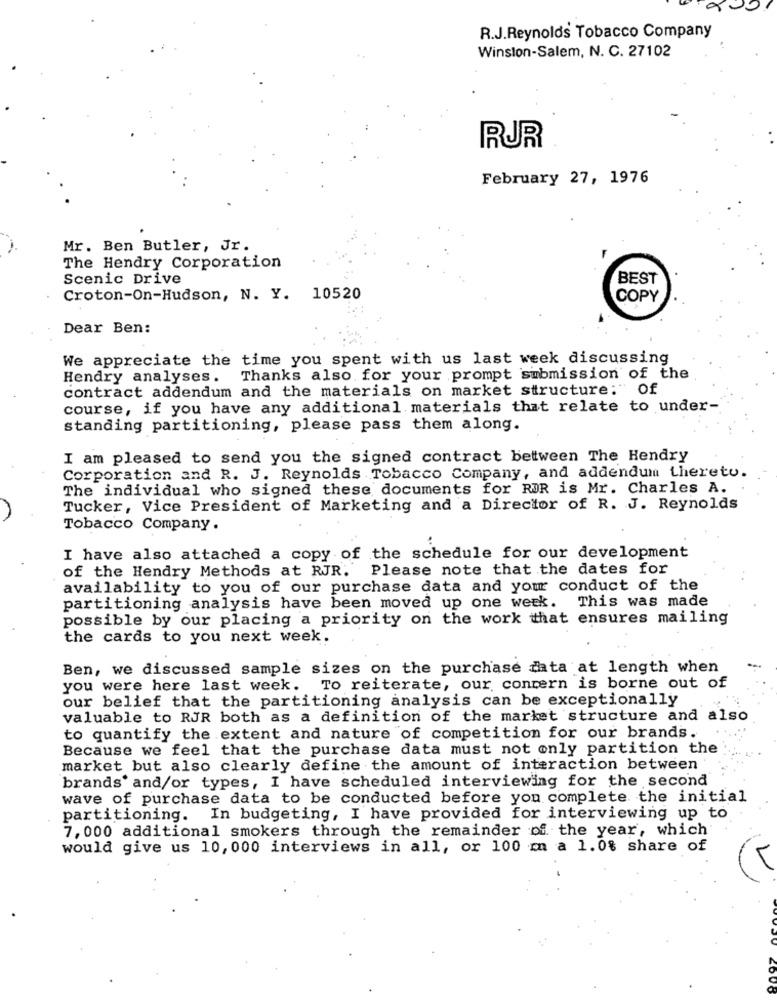
R.J.Reynolds Tobacco Company
Winston-Salem, N. C. 27102
RUR
February 27, 1976
Mr. Ben Butler, Jr.
The Hendry Corporation
Scenic Drive
BEST
Croton-On-Hudson, N. Y. 10520
COPY
Dear Ben:
We appreciate the time you spent with us last week discussing
Hendry analyses.
Thanks also for your prompt submission of the
contract addendum and the materials on market structure:"
course, if you have any additional materials that relate to under-
standing partitioning, please pass them along.
I am pleased to send you the signed contract between The Hendry
Corporation and R. J. Reynolds Tobacco Company, and addendum thereto.
The individual who signed these documents for ROR is Mr. Charles A.
Tucker, Vice President of Marketing and a Director of R. J. Reynolds
Tobacco Company.
I have also attached a copy of the schedule for our development
of the Hendry Methods at RJR. Please note that the dates for
availability to you of our purchase data and your conduct of the
partitioning analysis have been moved up one week. This was made
possible by our placing a priority on the work that ensures mailing
the cards to you next week.
Ben, we discussed sample sizes on the purchase mata at length when
you were here last week. To reiterate, our concern is borne out of
our belief that the partitioning analysis can be exceptionally
valuable to RJR both as a definition of the market structure and also
to quantify the extent and nature of competition for our brands.
Because we feel that the purchase data must not only partition the
market but also clearly define the amount of interaction between
brands' and/or types, I have scheduled interviewing for the second
wave of purchase data to be conducted before you complete the initial
partitioning. In budgeting, I have provided for interviewing up to
7, 000 additional smokers through the remainder of the year, which
would give us 10, 000 interviews in all, or 100 m a 1.0% share of
COVO